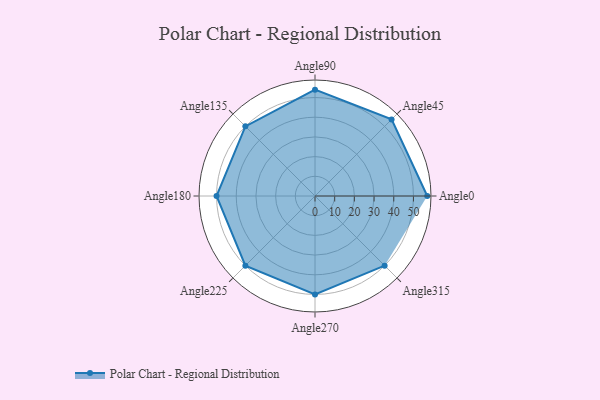
{"axis": {"x": "Angle", "y": "Radius"}, "legend": [""], "data": [{"x": "Angle0", "y": 57.0, "type": ""}, {"x": "Angle45", "y": 55.0, "type": ""}, {"x": "Angle90", "y": 54.0, "type": ""}, {"x": "Angle135", "y": 50.0, "type": ""}, {"x": "Angle180", "y": 50, "type": ""}, {"x": "Angle225", "y": 50, "type": ""}, {"x": "Angle270", "y": 50, "type": ""}, {"x": "Angle315", "y": 50, "type": ""}]}